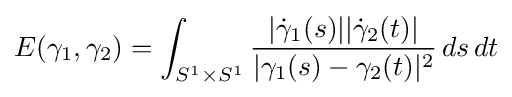
E(\gamma _{1},\gamma _{2})=\int _{S^{1}\times S^{1}}{\frac {|{\dot {\gamma }}_{1}(s)||{\dot {\gamma }}_{2}(t)|}{|\gamma _{1}(s)-\gamma _{2}(t)|^{2}}}\,ds\,dt